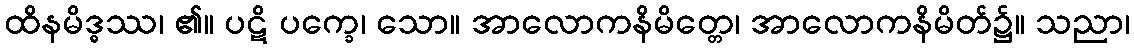
ထိနမိဒ္ဓဿ၊ ၏။ ပဋိ ပက္ခေ၊ သော။ အာလောကနိမိတ္တေ၊ အာလောကနိမိတ်၌။ သညာ၊